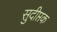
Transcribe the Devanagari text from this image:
सुदीप्तक